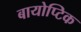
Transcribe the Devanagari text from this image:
बायोप्टिक